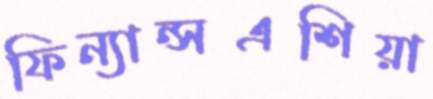
ফিন্যান্সএশিয়া